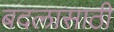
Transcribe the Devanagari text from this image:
बदलासाठी